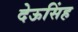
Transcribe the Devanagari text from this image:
देऊसिंह